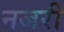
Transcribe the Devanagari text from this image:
नजरी